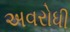
અવરોધી